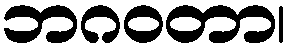
ဘဂဝတာ၊